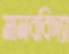
মানববিদ্যা